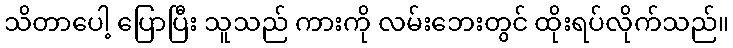
သိတာပေါ့ ပြောပြီး သူသည် ကားကို လမ်းဘေးတွင် ထိုးရပ်လိုက်သည်။